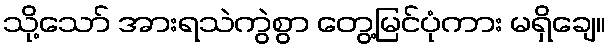
သို့သော် အားရသဲကွဲစွာ တွေ့မြင်ပုံကား မရှိချေ။